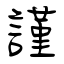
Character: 謹